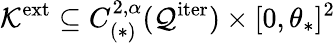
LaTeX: \mathcal{K}^{\mathrm{ext}}\subseteq C_{(\ast)}^{2,\alpha}(\mathcal{Q}^{\mathrm{iter}})\times[0,\theta_{\ast}]^{2}